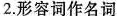
2.形容词作名词